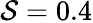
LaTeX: \mathcal{S}=0.4